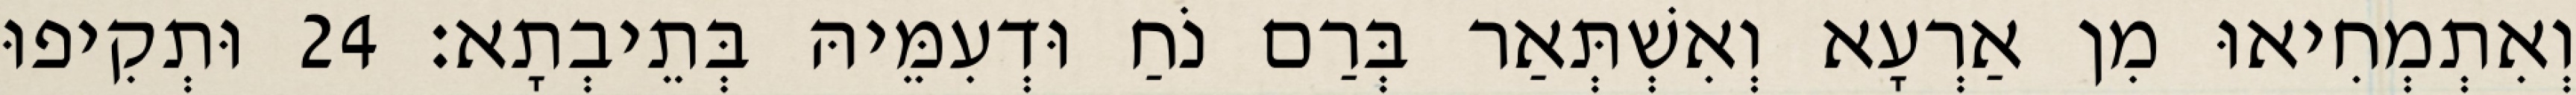
וְאִתְמְחִיאוּ מִן אַרְעָא וְאִשְׁתְּאַר בְּרַם נֹחַ וּדְעִמֵּיהּ בְּתֵיבְתָא׃ 24 וּתְקִיפוּ